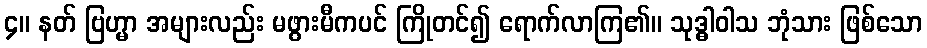
၄။ နတ် ဗြဟ္မာ အများလည်း မဖွားမီကပင် ကြိုတင်၍ ရောက်လာကြ၏။ သုဒ္ဓါဝါသ ဘုံသား ဖြစ်သော